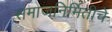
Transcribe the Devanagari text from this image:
समाजनिर्मितीचे